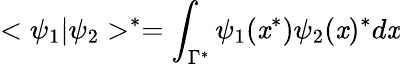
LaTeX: <\psi_{1}|\psi_{2}>^{*}=\int_{\Gamma^{*}}\psi_{1}(\mathit{x}^{*})\psi_{2}(\mathit{x})^{*}d\mathit{x}